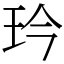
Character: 玪